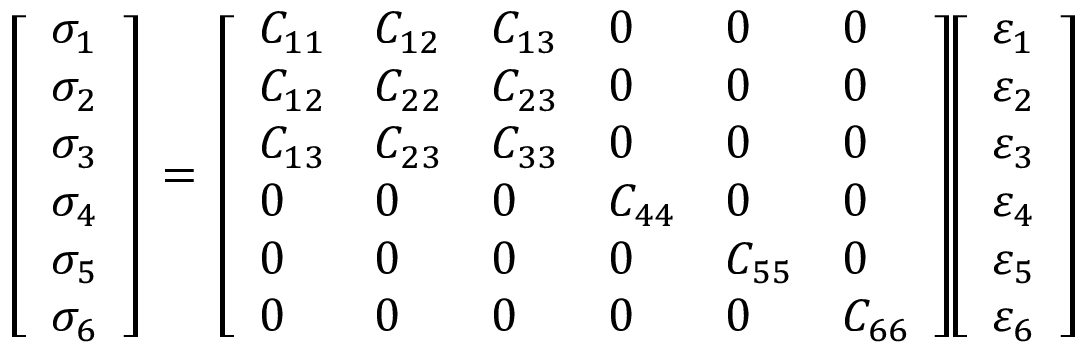
{ \left[ \begin{array} { l } { \sigma _ { 1 } } \\ { \sigma _ { 2 } } \\ { \sigma _ { 3 } } \\ { \sigma _ { 4 } } \\ { \sigma _ { 5 } } \\ { \sigma _ { 6 } } \end{array} \right] } \, = \, { \left[ \begin{array} { l l l l l l } { C _ { 1 1 } } & { C _ { 1 2 } } & { C _ { 1 3 } } & { 0 } & { 0 } & { 0 } \\ { C _ { 1 2 } } & { C _ { 2 2 } } & { C _ { 2 3 } } & { 0 } & { 0 } & { 0 } \\ { C _ { 1 3 } } & { C _ { 2 3 } } & { C _ { 3 3 } } & { 0 } & { 0 } & { 0 } \\ { 0 } & { 0 } & { 0 } & { C _ { 4 4 } } & { 0 } & { 0 } \\ { 0 } & { 0 } & { 0 } & { 0 } & { C _ { 5 5 } } & { 0 } \\ { 0 } & { 0 } & { 0 } & { 0 } & { 0 } & { C _ { 6 6 } } \end{array} \right] } { \left[ \begin{array} { l } { \varepsilon _ { 1 } } \\ { \varepsilon _ { 2 } } \\ { \varepsilon _ { 3 } } \\ { \varepsilon _ { 4 } } \\ { \varepsilon _ { 5 } } \\ { \varepsilon _ { 6 } } \end{array} \right] }